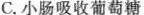
C.小肠吸收葡萄糖